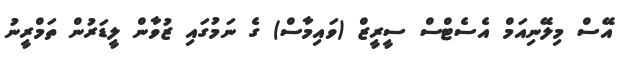
އޭސް މިލޭނިއަމް އެސެޓްސް ސީރީޒް (ވައިމާސް) ގެ ނަމުގައި ޒުވާން ލީޑަރުން ތަމްރީނު